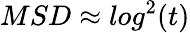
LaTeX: MSD\approx log^{2}(t)